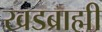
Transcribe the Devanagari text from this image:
खडब्राह्मी